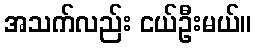
အသက်လည်း ငယ်ဦးမယ်။